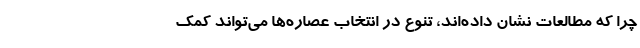
چرا که مطالعات نشان داده‌اند، تنوع در انتخاب عصاره‌ها می‌تواند کمک